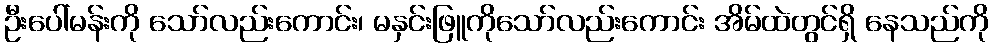
ဦးပေါ်မန်းကို သော်လည်းကောင်း၊ မနှင်းဖြူကိုသော်လည်းကောင်း အိမ်ထဲတွင်ရှိ နေသည်ကို